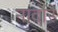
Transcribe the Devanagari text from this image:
नादोर